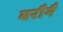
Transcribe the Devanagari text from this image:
बरौनै